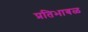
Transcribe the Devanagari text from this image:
प्रतिभाबळ